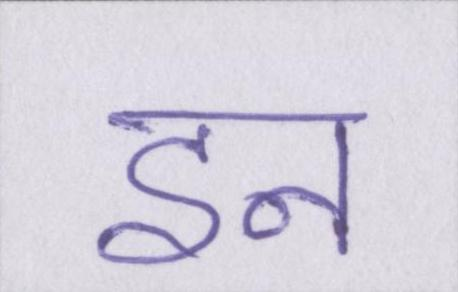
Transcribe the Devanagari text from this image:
इन